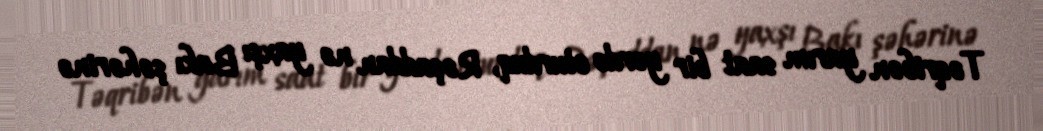
Təqribən yarım saat bir yerdə oturduq, Rəşaddan nə yaxşı Bakı şəhərinə